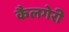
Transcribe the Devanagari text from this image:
कैलगेरी